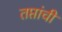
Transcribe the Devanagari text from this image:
तप्तांची